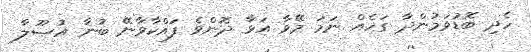
ހެދި ބޮޑުވަމުންދާ ގަހެއް ނަމަ މޭވާ އަޅާ ދޮންވެ ފައްކާވާނޭ ބުނާ އުޞޫލާ